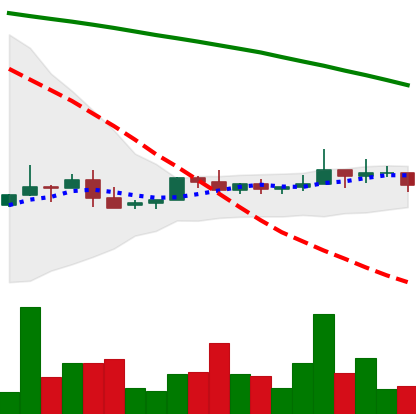
Ticker: NEO-USD
Chart end date: 2022-06-10
Forward return: -12.527%
Label: down_7plus